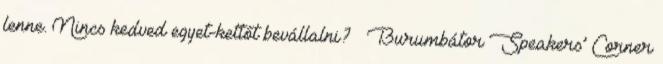
lenne. Nincs kedved egyet-kettőt bevállalni? – Burumbátor Speakers’ Corner